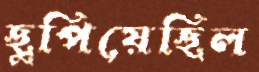
ছুপিয়েছিল